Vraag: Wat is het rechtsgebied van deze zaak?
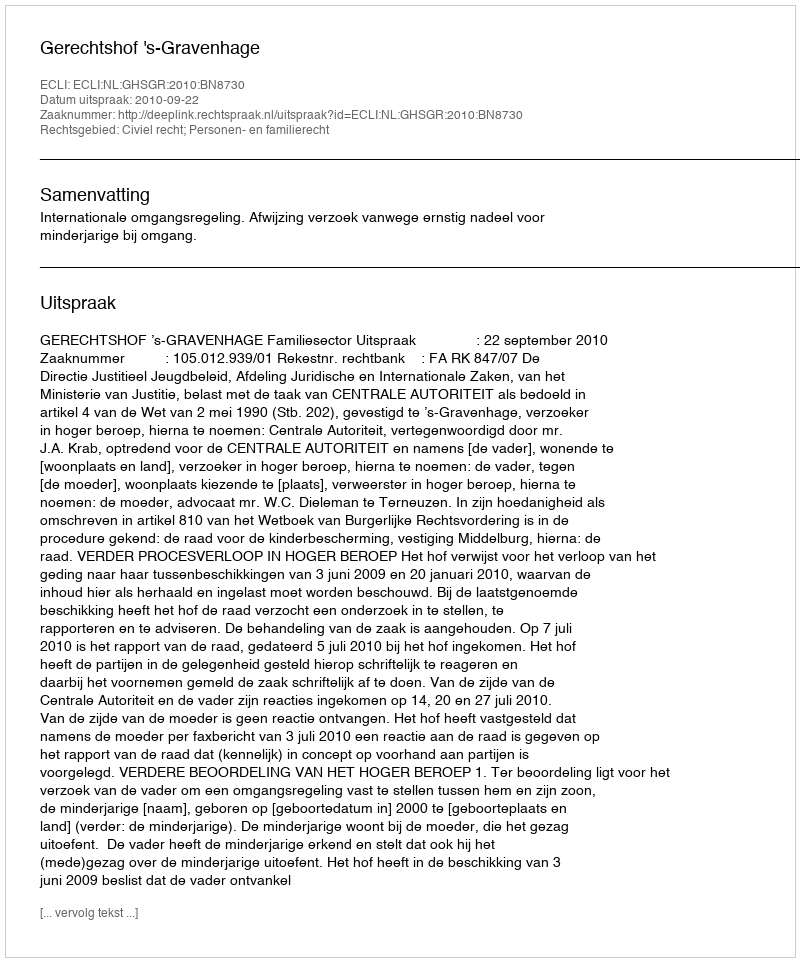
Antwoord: Civiel recht; Personen- en familierecht